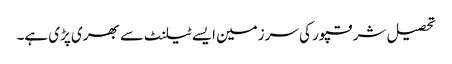
تحصیل شرقپور کی سرزمین ایسے ٹیلنٹ سے بھری پڑی ہے۔